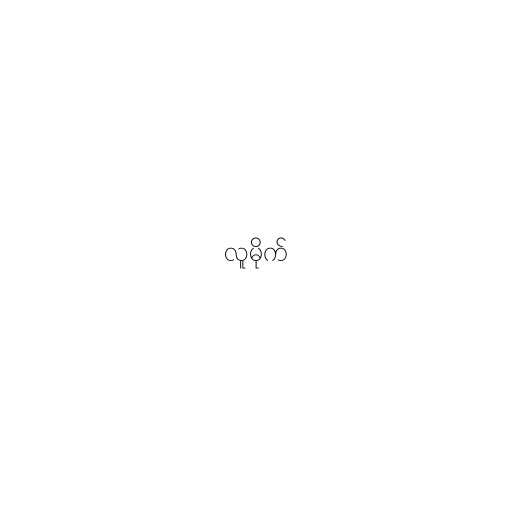
လူမိုက်